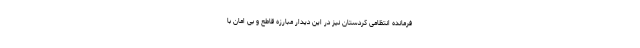
فرمانده انتظامی کردستان نیز در این دیدار مبارزه قاطع و بی امان با